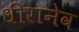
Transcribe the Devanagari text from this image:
धीरानेव